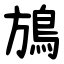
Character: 鴋